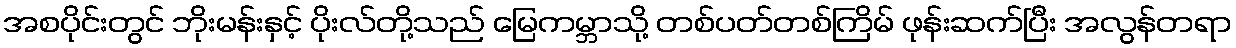
အစပိုင်းတွင် ဘိုးမန်းနှင့် ပိုးလ်တို့သည် မြေကမ္ဘာသို့ တစ်ပတ်တစ်ကြိမ် ဖုန်းဆက်ပြီး အလွန်တရာ